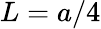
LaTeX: L=a/4